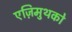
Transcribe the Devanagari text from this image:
एज़िमुथको